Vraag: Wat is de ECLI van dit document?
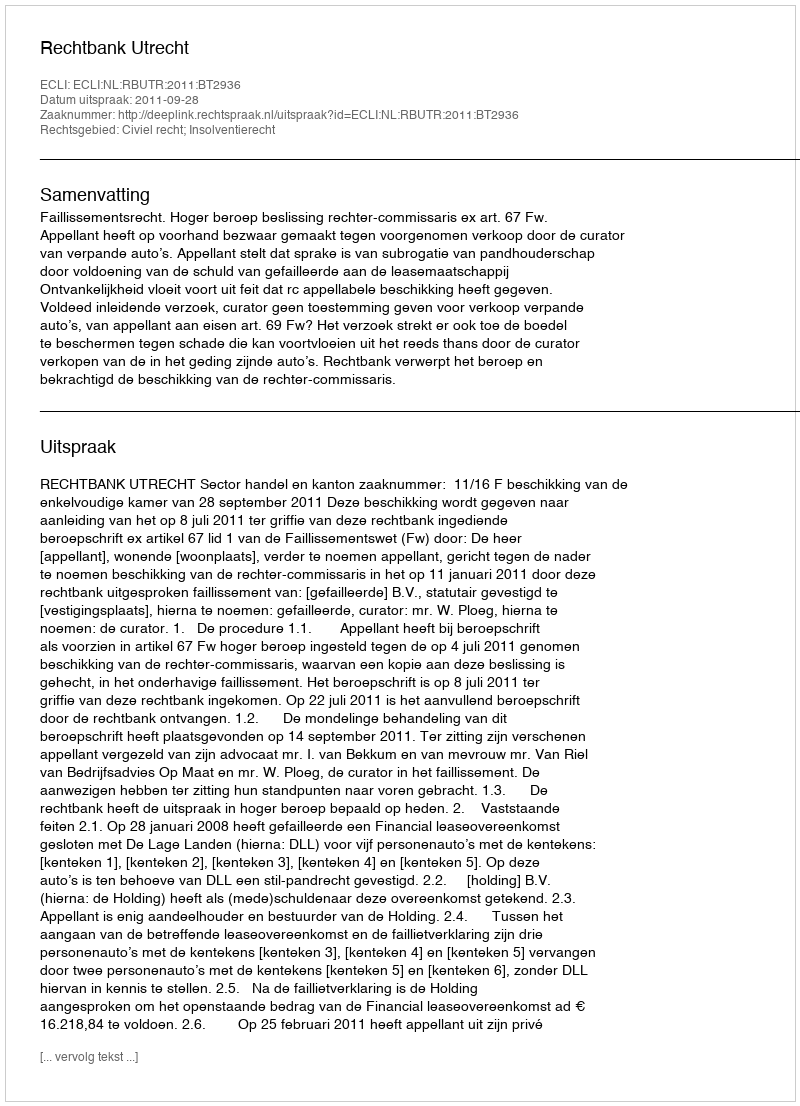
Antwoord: ECLI:NL:RBUTR:2011:BT2936